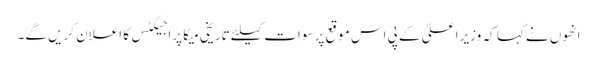
انھوں نے کہا کہ وزیر اعلیٰ کے پی اس موقع پر سوات کیلئے تاریخی میگا پراجیکٹس کا اعلان کریں گے۔